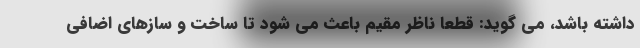
داشته باشد، می گوید: قطعا ناظر مقیم باعث می شود تا ساخت و سازهای اضافی